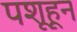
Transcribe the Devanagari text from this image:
पशूहून